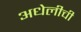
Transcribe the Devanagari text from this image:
अधेलीची